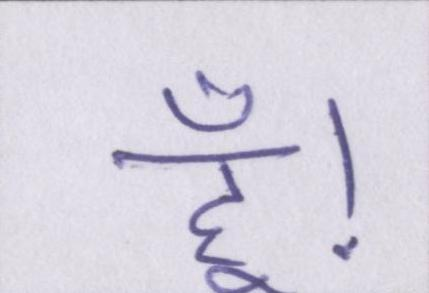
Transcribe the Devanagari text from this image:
हूं।